Report of veterinary surgeon J.H. Steel, A.V.D., on his investigation into an obscure and fatal disease among transport mules in British Burma
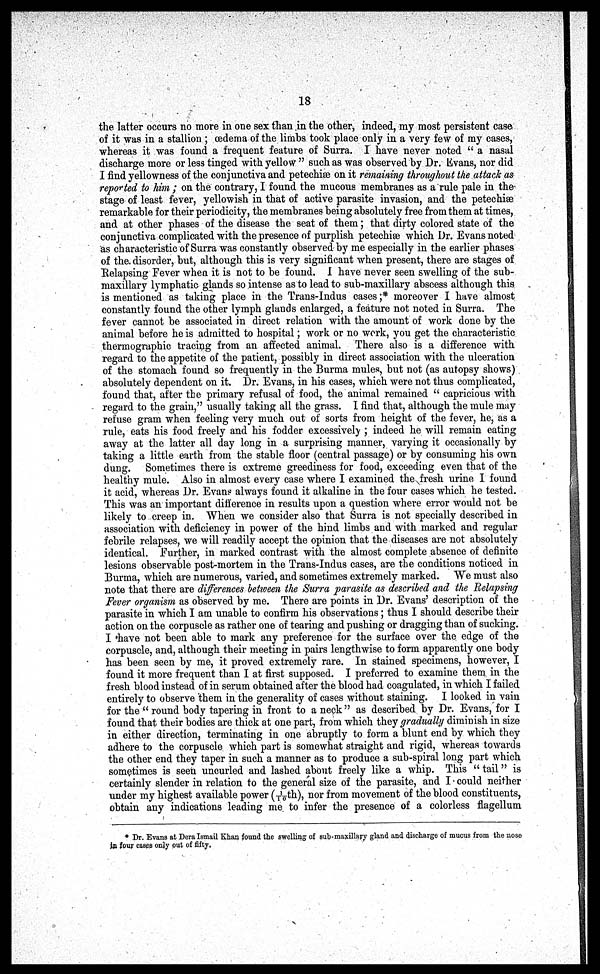
18
the latter occurs no more in one sex than in the other, indeed, my most persistent case
of it was in a stallion ; œdema of the limbs took place only in a very few of my cases,
whereas it was found a frequent feature of Surra. I have never noted " a nasal
discharge more or less tinged with yellow " such as was observed by Dr. Evans, nor did
I find yellowness of the conjunctiva and petechiæ on it remaining throughout the attack as
reported to him ; on the contrary, I found the mucous membranes as a rule pale in the
stage of least fever, yellowish in that of active parasite invasion, and the petechiæ
remarkable for their periodicity, the membranes being absolutely free from them at times,
and at other phases of the disease the seat of them; that dirty colored state of the
conjunctiva complicated with the presence of purplish petechiæ which Dr. Evans noted
as characteristic of Surra was constantly observed by me especially in the earlier phases
of the. disorder, but, although this is very significant when present, there are stages of
Relapsing Fever when it is not to be found. I have never seen swelling of the sub-
maxillary lymphatic glands so intense as to lead to sub-maxillary abscess although this
is mentioned as taking place in the Trans-Indus cases ;* moreover I have almost
constantly found the other lymph glands enlarged, a feature not noted in Surra. The
fever cannot be associated in direct relation with the amount of work done by the
animal before he is admitted to hospital; work or no work, you get the characteristic
thermographic tracing from an affected animal. There also is a difference with
regard to the appetite of the patient, possibly in direct association with the ulceration
of the stomach found so frequently in the Burma mules, but not (as autopsy shows)
absolutely dependent on it. Dr. Evans, in his cases, which were not thus complicated,
found that, after the primary refusal of food, the animal remained " capricious with
regard to the grain," usually taking all the grass. I find that, although the mule may
refuse gram when feeling very much out of sorts from height of the fever, he, as a
rule, eats his food freely and his fodder excessively ; indeed he will remain eating
away at the latter all day long in a surprising manner, varying it occasionally by
taking a little earth from the stable floor (central passage) or by consuming his own
dung. Sometimes there is extreme greediness for food, exceeding even that of the
healthy mule. Also in almost every case where I examined the fresh urine I found
it acid, whereas Dr. Evans always found it alkaline in the four cases which he tested.
This was an important difference in results upon a question where error would not be
likely to creep in. When we consider also that Surra is not specially described in
association with deficiency in power of the hind limbs and with marked and regular
febrile relapses, we will readily accept the opinion that the diseases are not absolutely
identical. Further, in marked contrast with the almost complete absence of definite
lesions observable post-mortem in the Trans-Indus cases, are the conditions noticed in
Burma, which are numerous, varied, and sometimes extremely marked. We must also
note that there are differences between the Surra parasite as described and the Relapsing
Fever orga,nism as observed by me. There are points in Dr. Evans' description of the
parasite in which I am unable to confirm his observations; thus I should describe their
action on the corpuscle as rather one of tearing and pushing or dragging than of sucking.
I have not been able to mark any preference for the surface over the edge of the
corpuscle, and, although their meeting in pairs lengthwise to form apparently one body
has been seen by me, it proved extremely rare. In stained specimens, however, I
found it more frequent than I at first supposed. I preferred to examine them in the
fresh blood instead of in serum obtained after the blood had coagulated, in which I failed
entirely to observe 'them in the generality of cases without staining. I looked in vain
for the " round body tapering in front to a neck" as described by Dr. Evans, for I
found that their bodies are thick at one part, from which they gradually diminish in size
in either direction, terminating in one abruptly to form a blunt end by which they
adhere to the corpuscle which part is somewhat straight and rigid, whereas towards
the other end they taper in such a manner as to produce a sub-spiral long part which
sometimes is seen uncurled and lashed about freely like a whip. This " tail" is
certainly slender in relation to the general size of the parasite, and I could neither
under my highest available power (1/10th), nor from movement of the blood constituents,
obtain any indications leading me to inter the presence of a colorless flagellum
* Dr. Evans at Dera Ismail Khan found the swelling of sub-maxillary gland and discharge of mucus from the nose
in four cases only out of fifty.